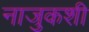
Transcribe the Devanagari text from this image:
नाजुकशी